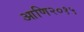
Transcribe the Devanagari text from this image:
आणि२०१५